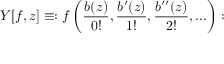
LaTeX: Y [ f , z ] \equiv : f \left( { \frac { b ( z ) } { 0 ! } } , { \frac { b ^ { \prime } ( z ) } { 1 ! } } , { \frac { b ^ { \prime \prime } ( z ) } { 2 ! } } , . . . \right) :